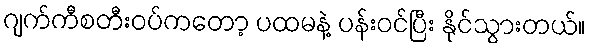
ဂျက်ကီစတီးဝပ်ကတော့ ပထမနဲ့ ပန်းဝင်ပြီး နိုင်သွားတယ်။